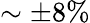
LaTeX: \sim\pm 8\%